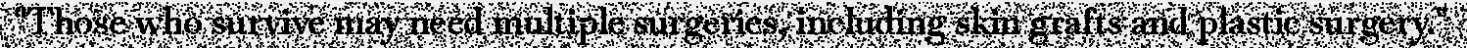
"Those who survive may need multiple surgeries, including skin grafts and plastic surgery."